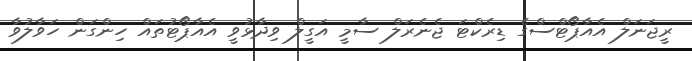
ރީޖަނަލް އެއާޕޯޓްސްގެ ޑިރެކްޓަ ޖެނެރަލް ސާމީ އަގީލް ވިދާޅުވީ އެއާޕޯޓުތައް ހިންގަން ހަވާލުވާ